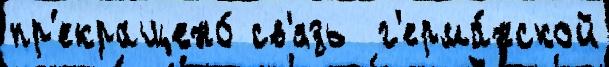
пр'екращено́ св'язь  г'ерма́нской